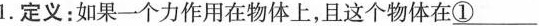
1.定义:如果一个力作用在物体上,且这个物体在\underline{①}